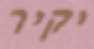
יקיר